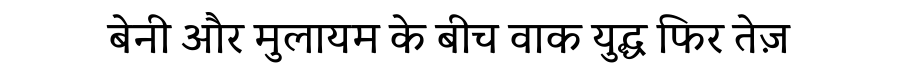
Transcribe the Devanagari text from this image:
बेनी और मुलायम के बीच वाक युद्ध फिर तेज़